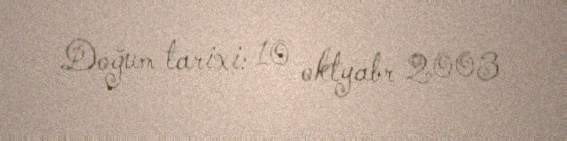
Doğum tarixi: 10 oktyabr 2003